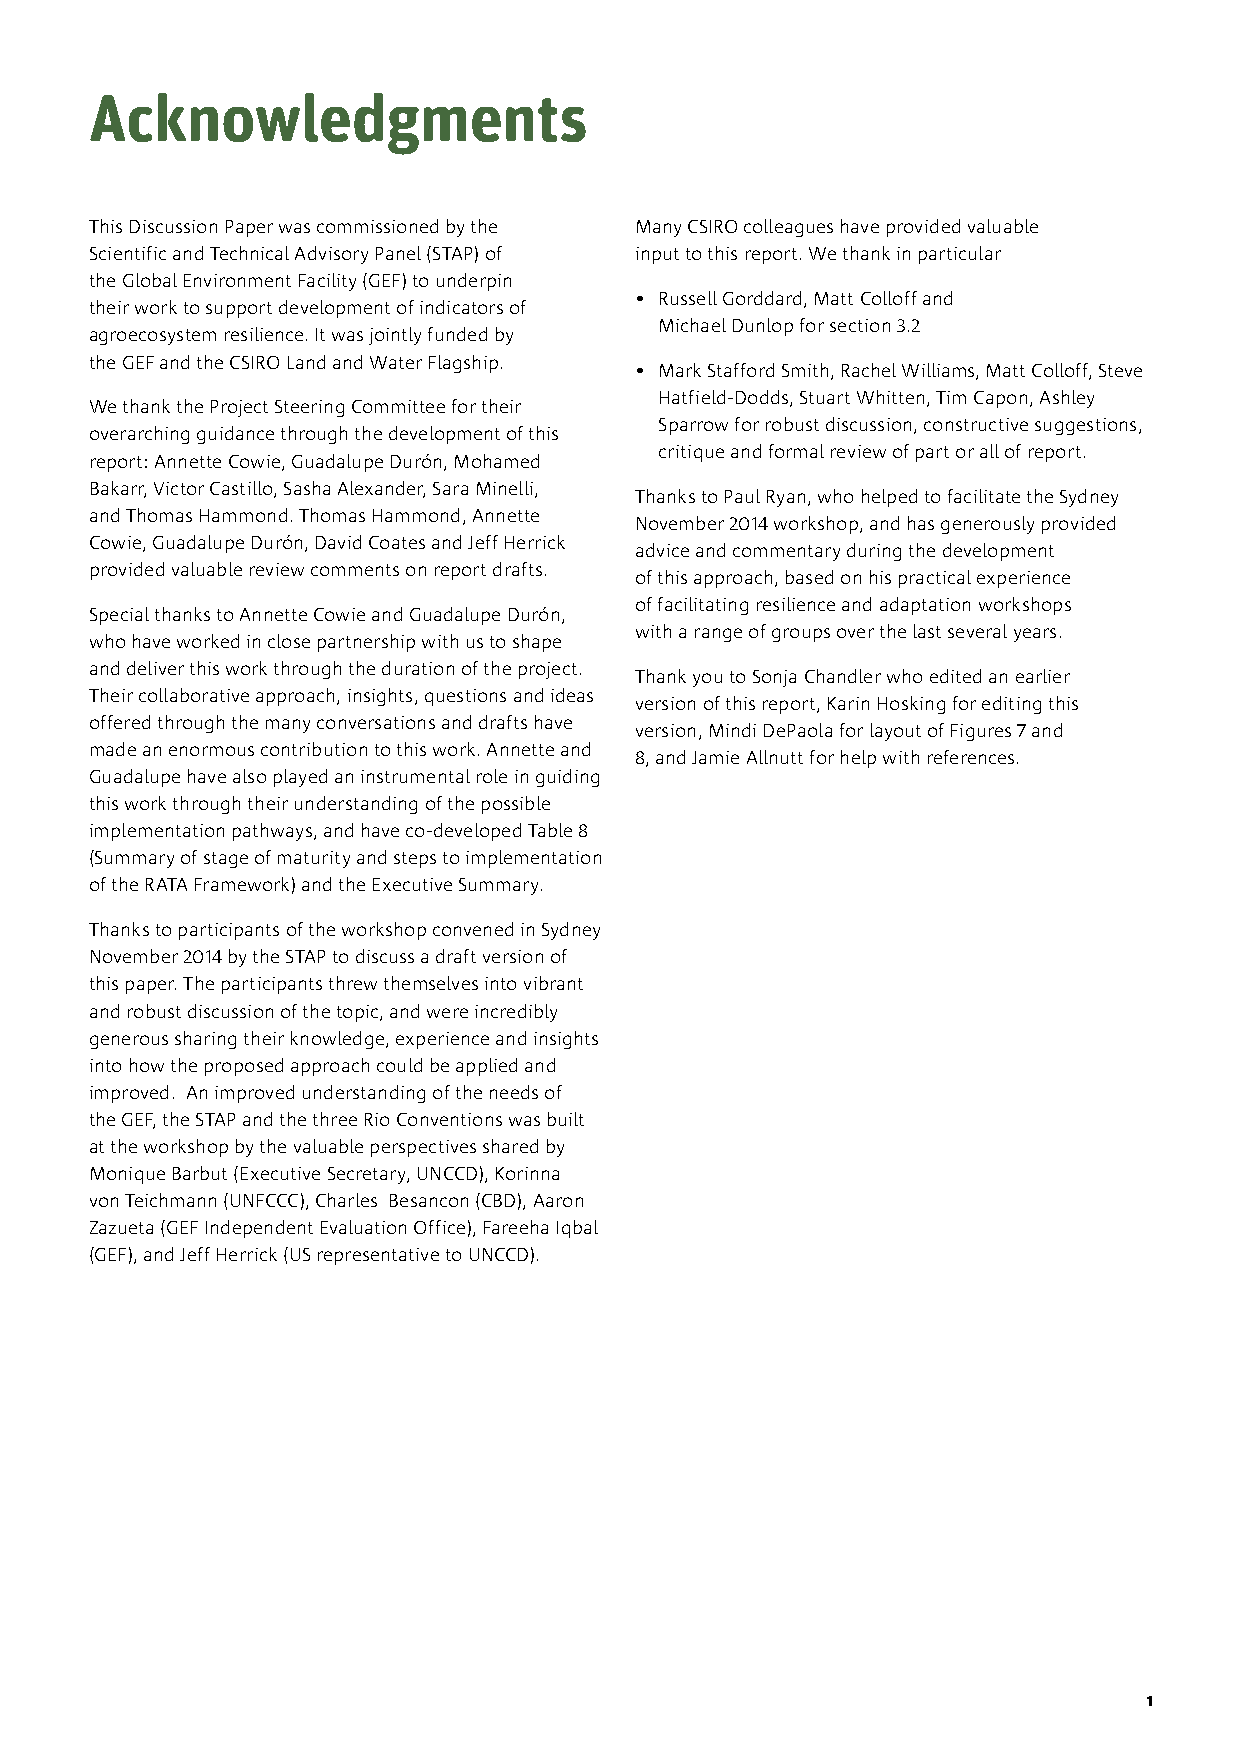
Acknowledgments
 This Discussion Paper was commissioned by the Many CSIRO colleagues have provided valuable
 Scientific and Technical Advisory Panel (STAP) of input to this report. We thank in particular
 the Global Environment Facility (GEF) to underpin
 • Russell Gorddard, Matt Colloff and
 their work to support development of indicators of
 Michael Dunlop for section 3.2
 agroecosystem resilience. It was jointly funded by
 the GEF and the CSIRO Land and Water Flagship.
 • Mark Stafford Smith, Rachel Williams, Matt Colloff, Steve
 Hatfield-Dodds, Stuart Whitten, Tim Capon, Ashley
 We thank the Project Steering Committee for their
 Sparrow for robust discussion, constructive suggestions,
 overarching guidance through the development of this
 critique and formal review of part or all of report.
 report: Annette Cowie, Guadalupe Durón, Mohamed
 Bakarr, Victor Castillo, Sasha Alexander, Sara Minelli,
 Thanks to Paul Ryan, who helped to facilitate the Sydney
 and Thomas Hammond. Thomas Hammond, Annette
 November 2014 workshop, and has generously provided
 Cowie, Guadalupe Durón, David Coates and Jeff Herrick
 advice and commentary during the development
 provided valuable review comments on report drafts.
 of this approach, based on his practical experience
 of facilitating resilience and adaptation workshops
 Special thanks to Annette Cowie and Guadalupe Durón,
 with a range of groups over the last several years.
 who have worked in close partnership with us to shape
 and deliver this work through the duration of the project.
 Thank you to Sonja Chandler who edited an earlier
 Their collaborative approach, insights, questions and ideas
 version of this report, Karin Hosking for editing this
 offered through the many conversations and drafts have
 version, Mindi DePaola for layout of Figures 7 and
 made an enormous contribution to this work. Annette and
 8, and Jamie Allnutt for help with references.
 Guadalupe have also played an instrumental role in guiding
 this work through their understanding of the possible
 implementation pathways, and have co-developed Table 8
 (Summary of stage of maturity and steps to implementation
 of the RATA Framework) and the Executive Summary.
 Thanks to participants of the workshop convened in Sydney
 November 2014 by the STAP to discuss a draft version of
 this paper. The participants threw themselves into vibrant
 and robust discussion of the topic, and were incredibly
 generous sharing their knowledge, experience and insights
 into how the proposed approach could be applied and
 improved. An improved understanding of the needs of
 the GEF, the STAP and the three Rio Conventions was built
 at the workshop by the valuable perspectives shared by
 Monique Barbut (Executive Secretary, UNCCD), Korinna
 von Teichmann (UNFCCC), Charles Besancon (CBD), Aaron
 Zazueta (GEF Independent Evaluation Office), Fareeha Iqbal
 (GEF), and Jeff Herrick (US representative to UNCCD).
 1